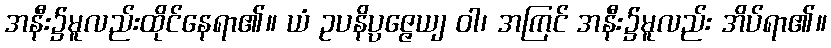
အနီး၌မူလည်းထိုင်နေရာ၏။ ယံ ဥပနိပ္ပဇ္ဇေယျ ဝါ၊ အကြင် အနီး၌မူလည်း အိပ်ရာ၏။